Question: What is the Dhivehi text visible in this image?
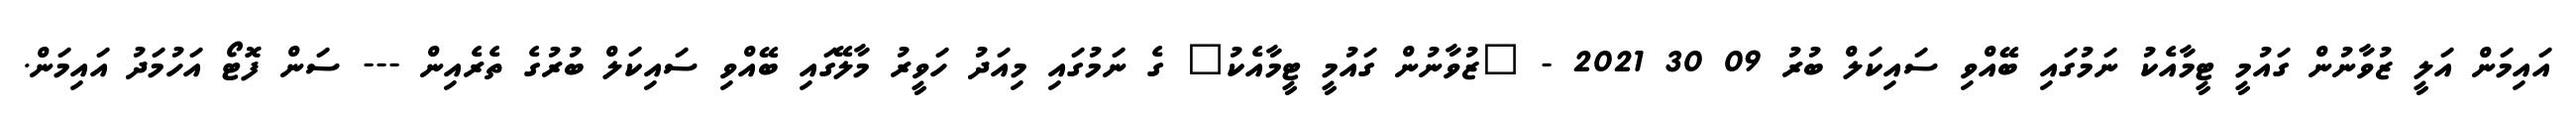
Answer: އައިމަން އަލީ ޒުވާނުން ގައުމީ ޓީމާއެކު ނަމުގައި ބޭއްވި ސައިކަލް ބުރު 09 30 2021 - "ޒުވާނުން ގައުމީ ޓީމާއެކު" ގެ ނަމުގައި މިއަދު ހަވީރު މާލޭގައި ބޭއްވި ސައިކަލް ބުރުގެ ތެރެއިން --- ސަން ފޮޓޯ އަހުމަދު އައިމަން.